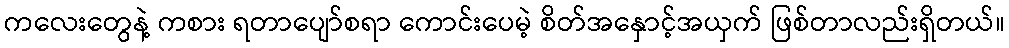
ကလေးတွေနဲ့ ကစား ရတာပျော်စရာ ကောင်းပေမဲ့ စိတ်အနှောင့်အယှက် ဖြစ်တာလည်းရှိတယ်။